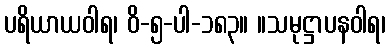
ပရိယာယဝါရ၊ ဝိ-၅-ပါ-၁၈၃။ ။သမုဋ္ဌာပနဝါရ၊